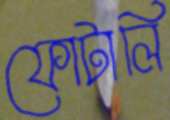
ফোটালি